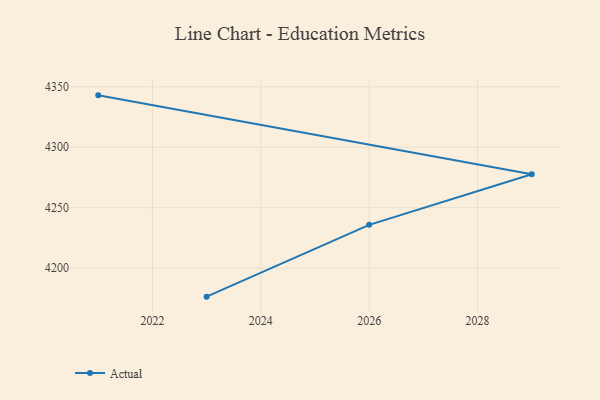
{"axis": {"x": "Year", "y": "Revenue (USD Million)"}, "legend": ["Actual"], "data": [{"x": "2023", "y": 4176.4, "type": "Actual"}, {"x": "2026", "y": 4235.8, "type": "Actual"}, {"x": "2029", "y": 4277.6, "type": "Actual"}, {"x": "2021", "y": 4342.9, "type": "Actual"}]}